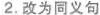
2.改为同义句